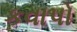
કવાપો